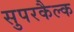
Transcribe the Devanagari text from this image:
सुपरकैल्क